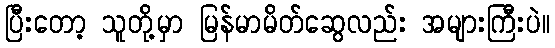
ပြီးတော့ သူတို့မှာ မြန်မာမိတ်ဆွေလည်း အများကြီးပဲ။